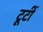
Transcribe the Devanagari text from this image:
टूटीं